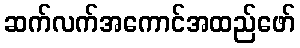
ဆက်လက်အကောင်အထည်ဖော်